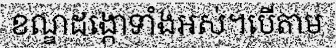
ខណ្ឌដង្កោទាំងអស់។បើតាម